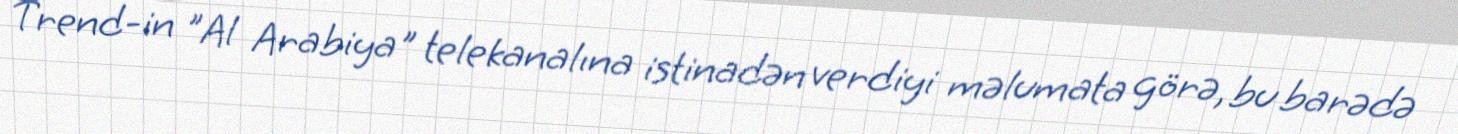
Trend-in "Al Arabiya" telekanalına istinadən verdiyi məlumata görə, bu barədə